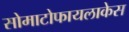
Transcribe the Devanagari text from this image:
सोमाटोफायलाकेस